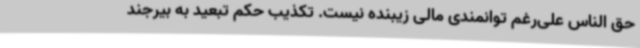
حق الناس علی‌رغم توانمندی مالی زیبنده نیست. تکذیب حکم تبعید به بیرجند